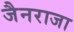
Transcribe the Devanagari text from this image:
जैनराजा